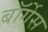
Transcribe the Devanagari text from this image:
बॉर्गेस